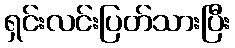
ရှင်းလင်းပြတ်သားပြီး